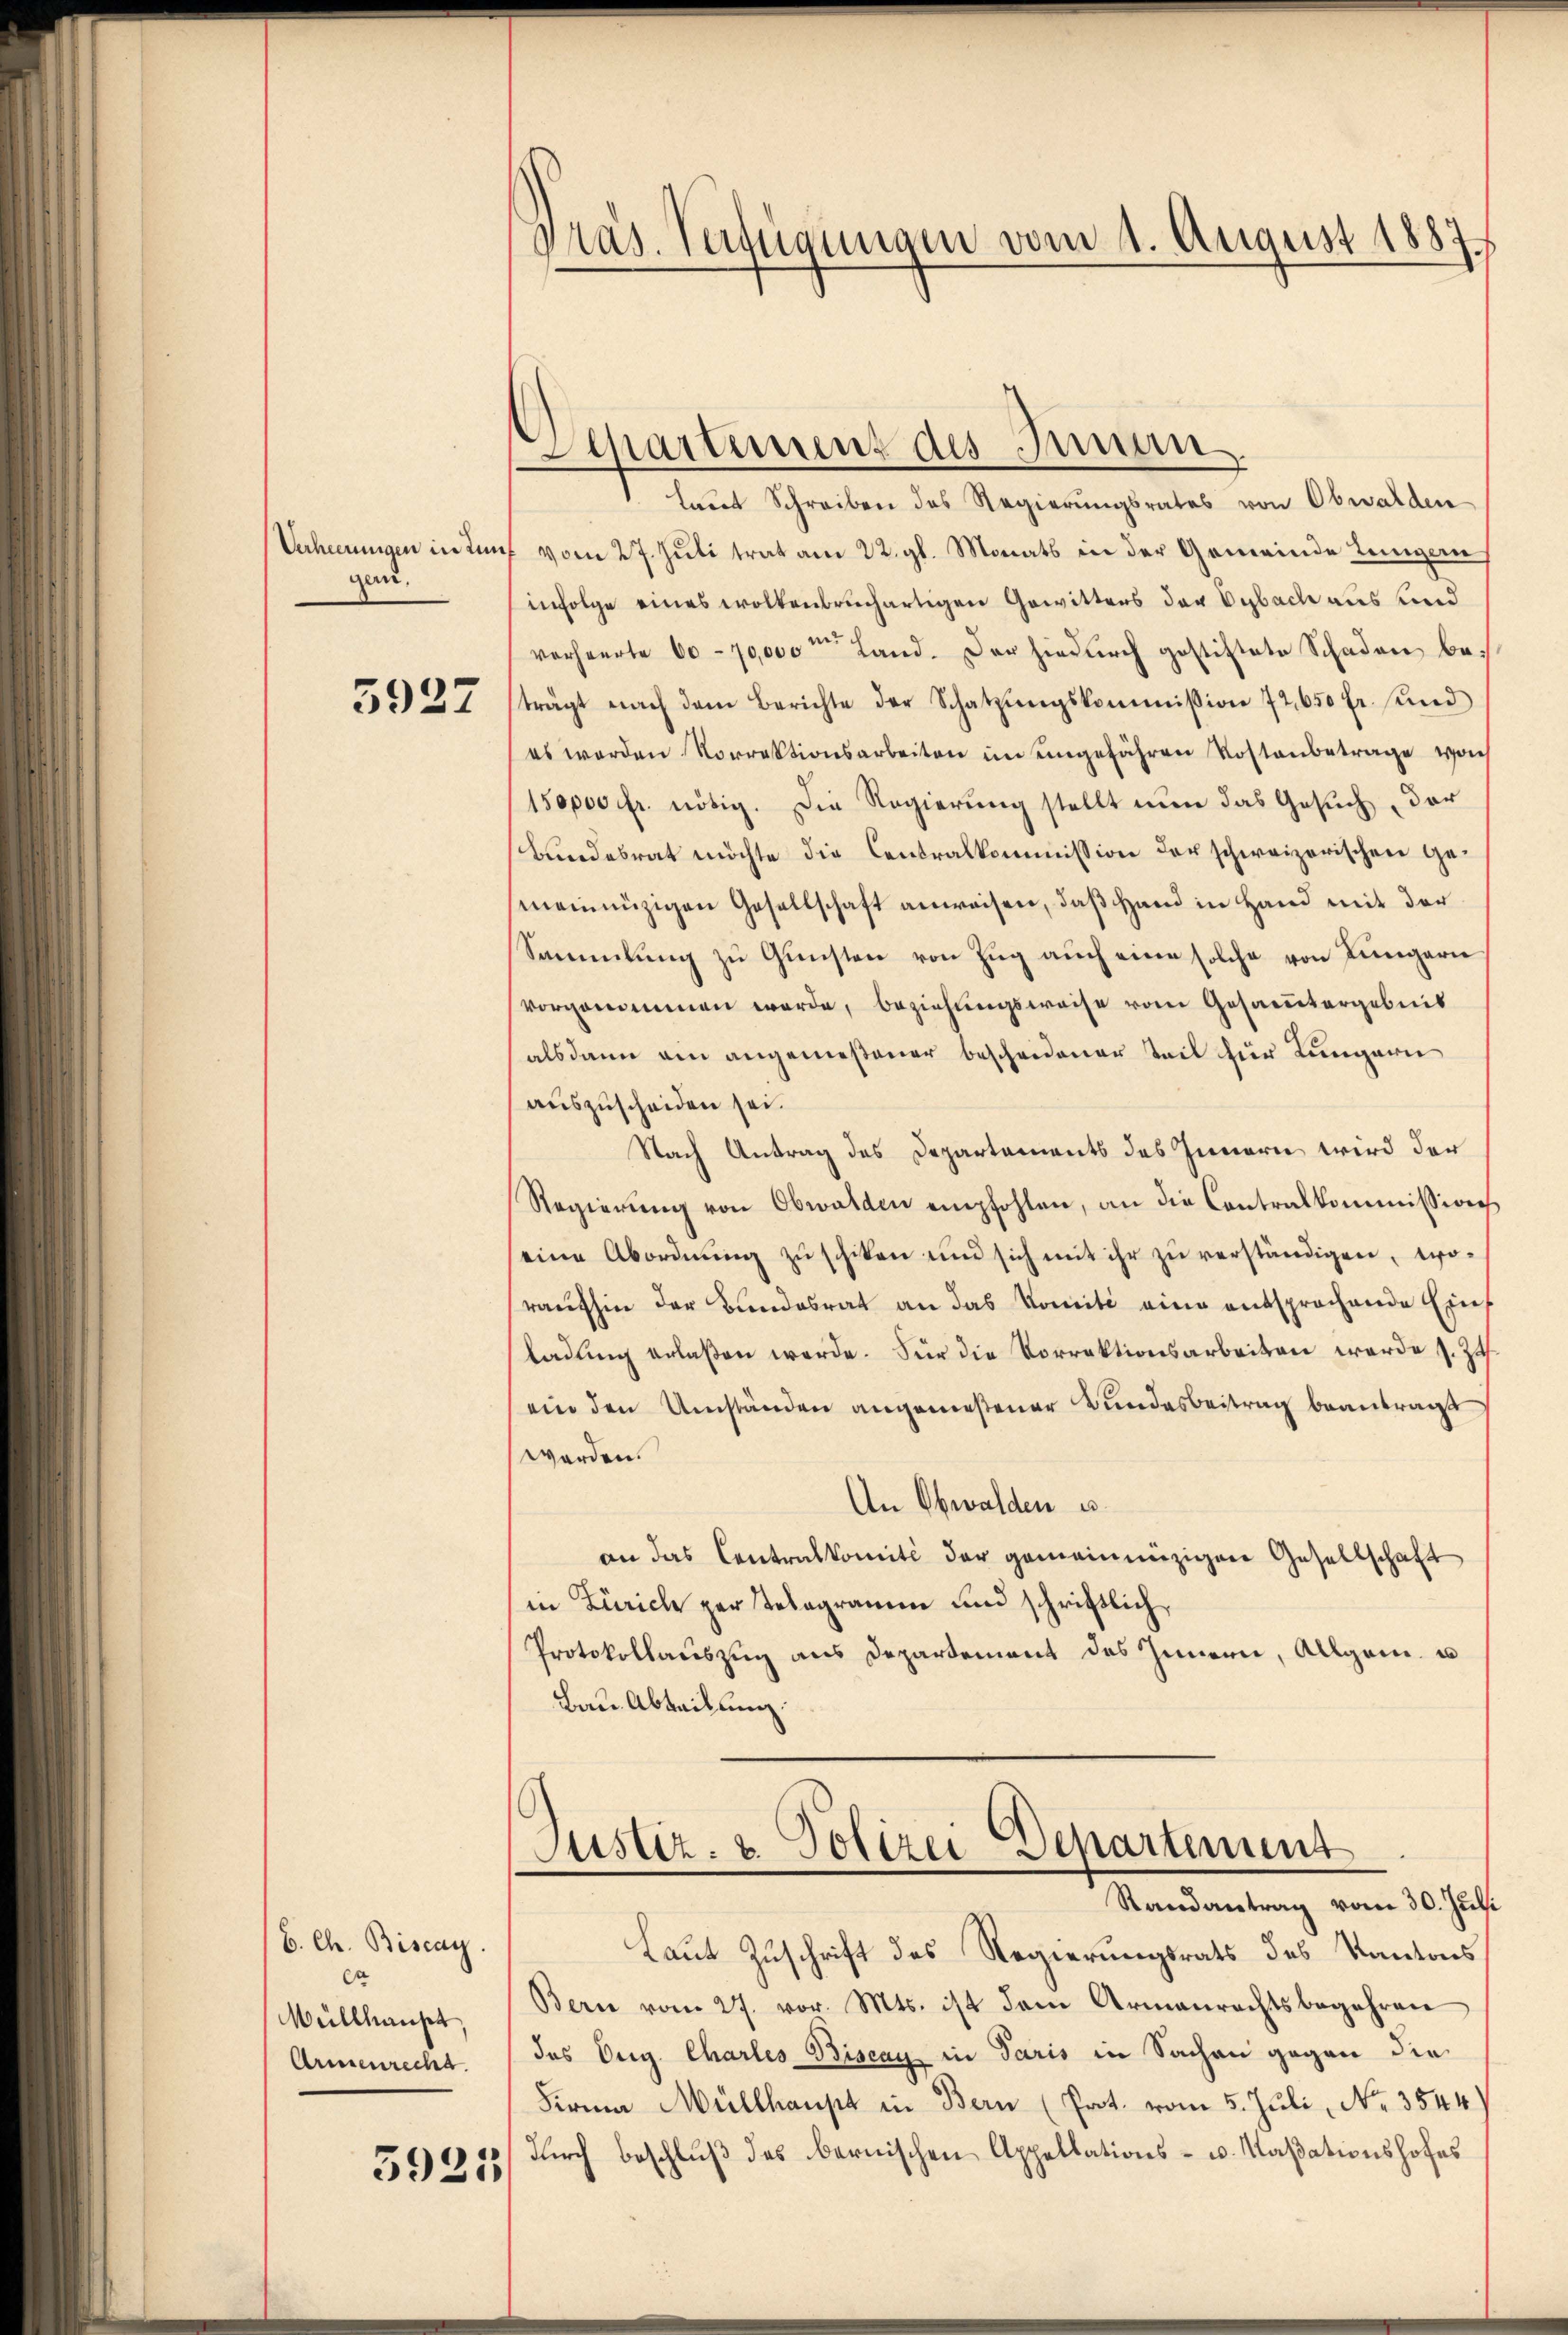
Verheerungen in dengarn.

5927

6. Ch. Biscay.
ca
Wüllhaupt,
Armenrecht.

5925

Präs. Verfügungen vom 1. August 1887.

Departement des Innen.

laut Schreiben des Regierŭngsrates von Obwalden
vom 27. Juli trat am 22. gl. Monats in der Gemeinde Lungern
infolge eines wolkenbruchartigen Gewitters der Vybach aus und
verheerte 60 - 70,000 m Land. Der hiedurch gestiftete Schaden beträgt nach dem Berichte der Schatzŭngskommission 72,650 fr. und
es werden Vorrektionsarbeiten im eingefähren Kostenbetrage woch
150000 fr. nötig. Die Regierung stellt nun das Gesuch der
Bundesrat möchte die Centralkommission der schweizerischen Gemeinnüzigen Gesellschaft anweisen, daß Hand in Hand mit der
Sammlung zu Gunsten von Zug auch eine solche von Lungern
vorgenommen werde, beziehungsweise vom Gesamtergebnis
alsdann ein angemeßener bescheidener Teil für Lungern
auszuscheiden sei.
Nach Antrag des Departements des Innern wird der
Regierung von Obwalden empfohlen, an die Contralkommission
eine Abordnŭng zŭ schiken und sich mit ihr zŭ verständigen, woraufhin der Bundesrat an das Komite eine entsprochende Einf
ladung erlaßen werde. Für die Vorrektionsarbeiten werde s. Zu
ein den Umständen angemeßener Bundesbeitrag beantragt
worden.
An Obwalden u.
an das Centralkomité der gemeinnüzigen Gesellschaft
in Zürich zur Telegramm und schriftlich,
Protokollauszug aus Departement des Innern, Allgem. u
Bau. Abteilung.

Justiz- & Polizei Departement
.
Randantrag vom 30. Juli

Laut Zuschrift des Regierungsrats des Kantons
Bern vom 27. vor. Mts. ist dem Armenrechtsbegehren
des Org. Charles Biscay in Paris in Sachen gegen die
Firma Müllhaupt in Bern (Prot. vom 5. Juli, No. 3544)
durch beschluß des bernischen Appellations- u. Maßationshofes